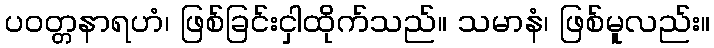
ပဝတ္တနာရဟံ၊ ဖြစ်ခြင်းငှါထိုက်သည်။ သမာနံ၊ ဖြစ်မူလည်း။